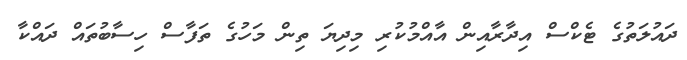
ދައުލަތުގެ ޓެކްސް އިދާރާއިން އާއްމުކުރި މިދިޔަ ތިން މަހުގެ ތަފާސް ހިސާބުތައް ދައްކާ